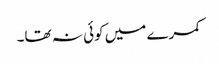
کمرے میں کوئی نہ تھا۔